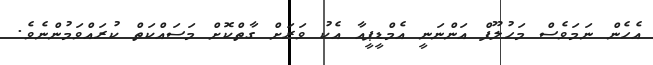
އެހެން ނަމަވެސް މަހުލޫފް އަންނަނީ އެމްޑީޕީއާ އެކު ވަރަށް ގާތްކޮށް މަސައްކަތް ކުރައްވަމުންނެވެ.